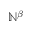
\mathbb { N } ^ { \beta }